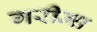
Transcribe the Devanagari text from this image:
गरीमा